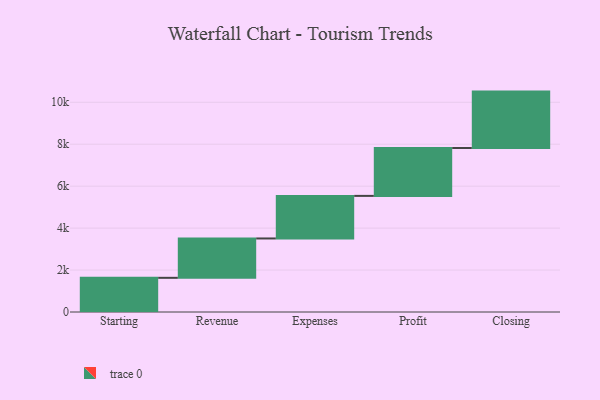
{"axis": {"x": "Step", "y": "Value"}, "legend": [""], "data": [{"x": "Starting", "y": 1630.0, "type": ""}, {"x": "Revenue", "y": 1877.0, "type": ""}, {"x": "Expenses", "y": 2030.0, "type": ""}, {"x": "Profit", "y": 2284.0, "type": ""}, {"x": "Closing", "y": 2689.0, "type": ""}]}